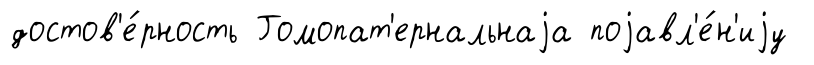
достов'е́рность Гомопат'ернальнаjа поjавл'е́н'иjу